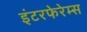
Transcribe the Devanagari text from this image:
इंटरफेरेम्स